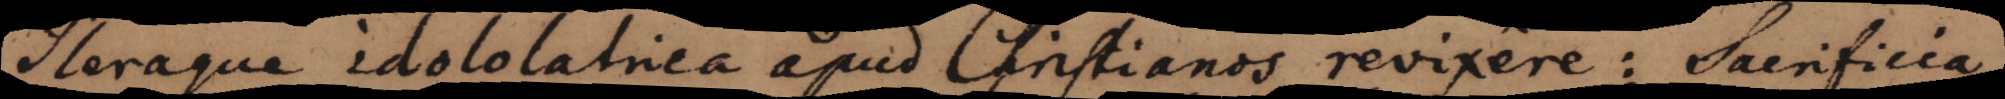
leraque idololatrica apud Christianos revixere: Sacrificia,